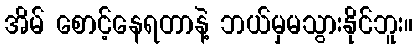
အိမ် စောင့်နေရတာနဲ့ ဘယ်မှမသွားနိုင်ဘူး။